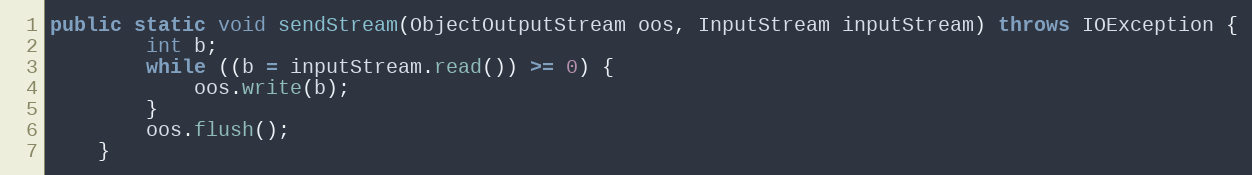
Language: Java
public static void sendStream(ObjectOutputStream oos, InputStream inputStream) throws IOException {
		int b;
		while ((b = inputStream.read()) >= 0) {
			oos.write(b);
		}
		oos.flush();
	}